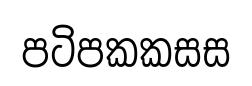
පටිපකකසස